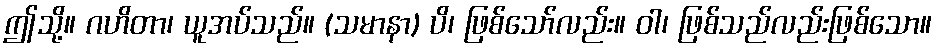
ဤသို့။ ဂဟိတာ၊ ယူအပ်သည်။ (သမာနာ) ပိ၊ ဖြစ်သော်လည်း။ ဝါ၊ ဖြစ်သည်လည်းဖြစ်သော။